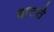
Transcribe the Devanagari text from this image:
बाटते